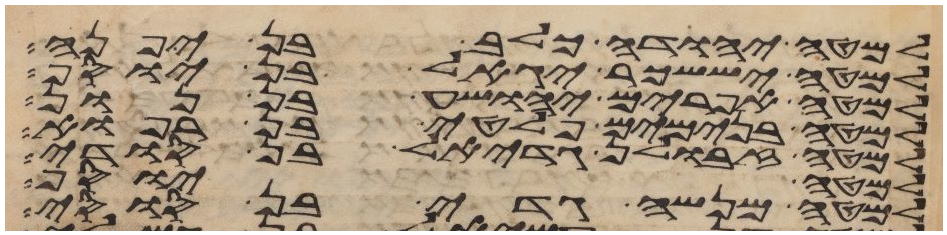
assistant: למטה יהודה כלב בן יפנה
למטה יששכר יגאל בן יוסף
למטה אפרים יהושע בן נון
למטה בנימים פלטי בן רפוא
למטה זבולן גדיאל בן סודי
למטה יוסף
למטה מנשה גדי בן סוסי